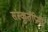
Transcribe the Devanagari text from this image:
संस्कृतीप्रेमी